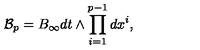
{ \mathcal B } _ { p } = B _ { \infty } d t \wedge \prod _ { i = 1 } ^ { p - 1 } d x ^ { i } ,